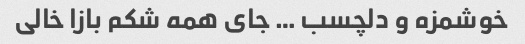
خوشمزه و دلچسب … جای همه شکم بازا خالی